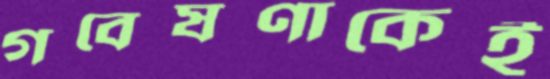
গবেষণাকেই